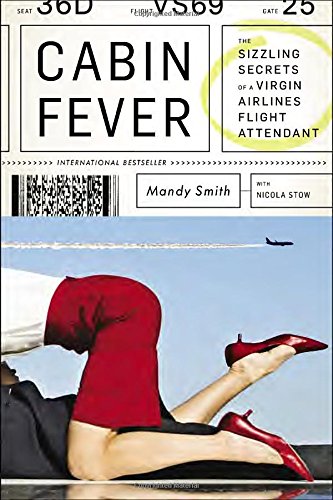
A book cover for Cabin Fever: The Sizzling Secrets of a Virgin Airlines Flight Attendant; Mandy Smith; Travel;